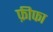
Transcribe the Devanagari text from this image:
फ़ीफा